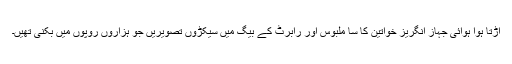
اُڑتا ہوا ہوائی جہاز انگریز خواتین کا سا ملبوس اور رابرٹ کے بیگ میں سیکڑوں تصویریں جو ہزاروں روپوں میں بکنی تھیں۔